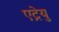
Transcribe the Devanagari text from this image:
एट्रेयु